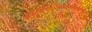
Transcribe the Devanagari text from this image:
समुत्कर्षनिःश्रेयसस्यैकमुग्रं